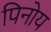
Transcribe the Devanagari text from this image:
पिनोय